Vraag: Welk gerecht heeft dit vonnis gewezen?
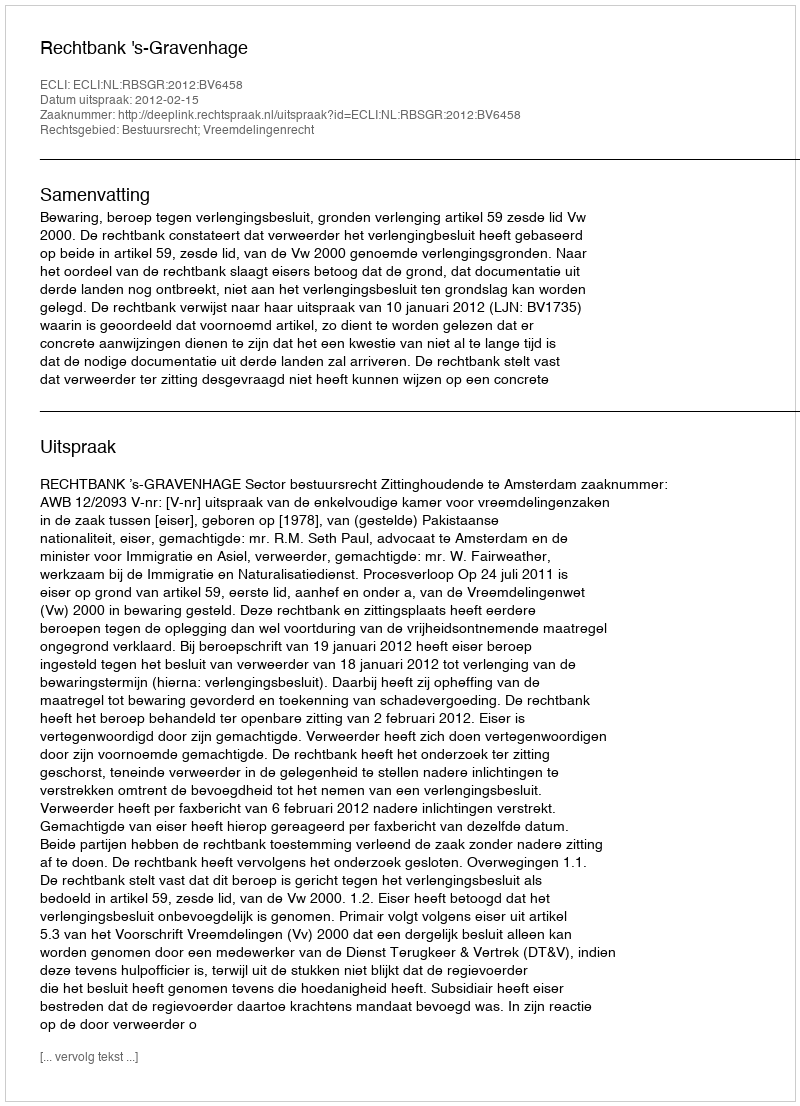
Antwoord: Rechtbank 's-Gravenhage